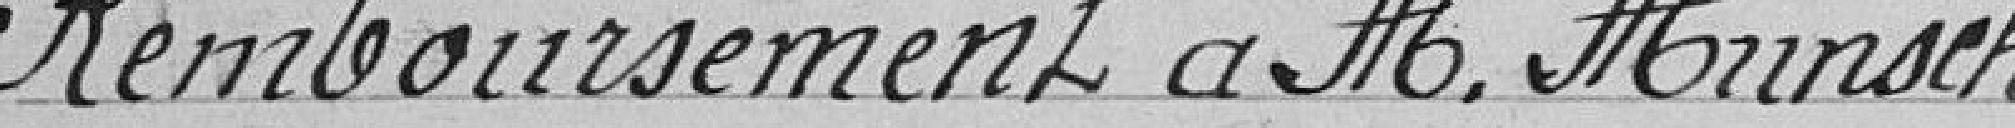
Remboursement à Monsieur HUNSCH